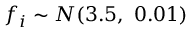
f _ { i } \sim { \cal N } ( 3 . 5 , \ 0 . 0 1 )